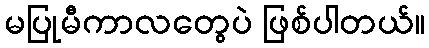
မပြုမီကာလတွေပဲ ဖြစ်ပါတယ်။